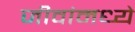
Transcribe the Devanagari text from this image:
जीवांमध्ये